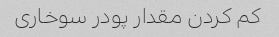
کم کردن مقدار پودر سوخاری